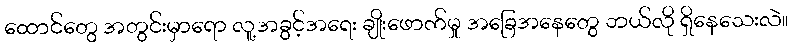
ထောင်တွေ အတွင်းမှာရော လူ့အခွင့်အရေး ချိုးဖောက်မှု အခြေအနေတွေ ဘယ်လို ရှိနေသေးလဲ။